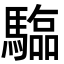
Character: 𮪗